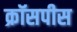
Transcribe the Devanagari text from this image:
क्रॉसपीस